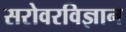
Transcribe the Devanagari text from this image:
सरोवरविज्ञान